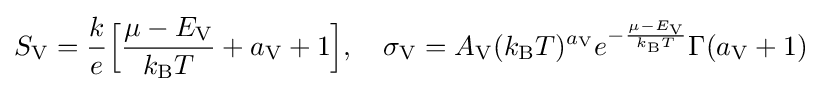
S_{\rm {V}}={\frac {k}{e}}{\Big [}{\frac {\mu -E_{\rm {V}}}{k_{\rm {B}}T}}+a_{\rm {V}}+1{\Big ]},\quad \sigma _{\rm {V}}=A_{\rm {V}}(k_{\rm {B}}T)^{a_{\rm {V}}}e^{-{\frac {\mu -E_{\rm {V}}}{k_{\rm {B}}T}}}\Gamma (a_{\rm {V}}+1)